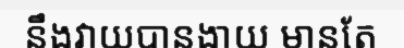
នឹងវាយបានងាយ មានតែ